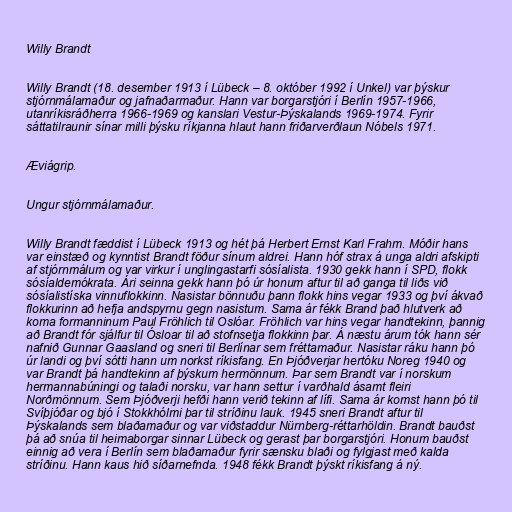
Willy Brandt

Willy Brandt (18. desember 1913 í Lübeck – 8. október 1992 í Unkel) var þýskur
stjórnmálamaður og jafnaðarmaður. Hann var borgarstjóri í Berlín 1957-1966,
utanríkisráðherra 1966-1969 og kanslari Vestur-Þýskalands 1969-1974. Fyrir
sáttatilraunir sínar milli þýsku ríkjanna hlaut hann friðarverðlaun Nóbels 1971.

Æviágrip.

Ungur stjórnmálamaður.

Willy Brandt fæddist í Lübeck 1913 og hét þá Herbert Ernst Karl Frahm. Móðir hans
var einstæð og kynntist Brandt föður sínum aldrei. Hann hóf strax á unga aldri afskipti
af stjórnmálum og var virkur í unglingastarfi sósíalista. 1930 gekk hann í SPD, flokk
sósíaldemókrata. Ári seinna gekk hann þó úr honum aftur til að ganga til liðs við
sósíalistíska vinnuflokkinn. Nasistar bönnuðu þann flokk hins vegar 1933 og því ákvað
flokkurinn að hefja andspyrnu gegn nasistum. Sama ár fékk Brand það hlutverk að
koma formanninum Paul Fröhlich til Oslóar. Fröhlich var hins vegar handtekinn, þannig
að Brandt fór sjálfur til Ósloar til að stofnsetja flokkinn þar. Á næstu árum tók hann sér
nafnið Gunnar Gaasland og sneri til Berlínar sem fréttamaður. Nasistar ráku hann þó
úr landi og því sótti hann um norkst ríkisfang. En Þjóðverjar hertóku Noreg 1940 og
var Brandt þá handtekinn af þýskum hermönnum. Þar sem Brandt var í norskum
hermannabúningi og talaði norsku, var hann settur í varðhald ásamt fleiri
Norðmönnum. Sem Þjóðverji hefði hann verið tekinn af lífi. Sama ár komst hann þó til
Svíþjóðar og bjó í Stokkhólmi þar til stríðinu lauk. 1945 sneri Brandt aftur til
Þýskalands sem blaðamaður og var viðstaddur Nürnberg-réttarhöldin. Brandt bauðst
þá að snúa til heimaborgar sinnar Lübeck og gerast þar borgarstjóri. Honum bauðst
einnig að vera í Berlín sem blaðamaður fyrir sænsku blaði og fylgjast með kalda
stríðinu. Hann kaus hið síðarnefnda. 1948 fékk Brandt þýskt ríkisfang á ný.